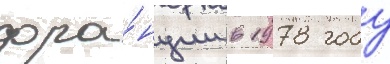
фра́нции в 1978 году